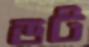
ডট